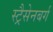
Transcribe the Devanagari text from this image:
स्ट्रैसेनबर्ग